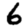
Digit: 6